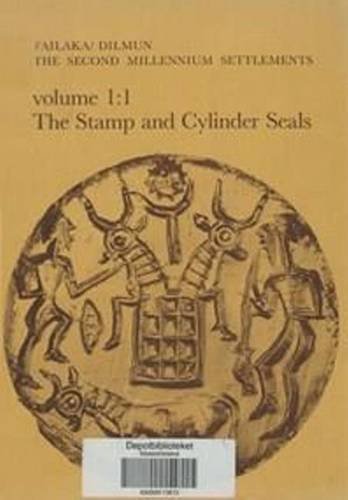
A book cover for Failaka/Dilmun 2nd Mill. settlements Vol 1: 1 The Stamp and Cylinder Seals (JUTLAND ARCH SOCIETY) (v. 1); Poul Kjaerum; History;